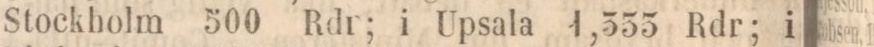
Stockholm 500 Rdr; i Upsala 1,555 Rdr; i